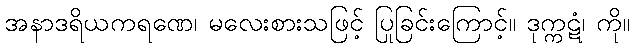
အနာဒရိယကရဏေ၊ မလေးစားသဖြင့် ပြုခြင်းကြောင့်။ ဒုက္ကဋံ၊ ကို။